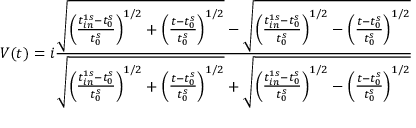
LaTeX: V ( t ) = i \frac { \sqrt { \left( \frac { t _ { i n } ^ { 1 s } - t _ { 0 } ^ { s } } { t _ { 0 } ^ { s } } \right) ^ { 1 / 2 } + \left( \frac { t - t _ { 0 } ^ { s } } { t _ { 0 } ^ { s } } \right) ^ { 1 / 2 } } - \sqrt { \left( \frac { t _ { i n } ^ { 1 s } - t _ { 0 } ^ { s } } { t _ { 0 } ^ { s } } \right) ^ { 1 / 2 } - \left( \frac { t - t _ { 0 } ^ { s } } { t _ { 0 } ^ { s } } \right) ^ { 1 / 2 } } } { \sqrt { \left( \frac { t _ { i n } ^ { 1 s } - t _ { 0 } ^ { s } } { t _ { 0 } ^ { s } } \right) ^ { 1 / 2 } + \left( \frac { t - t _ { 0 } ^ { s } } { t _ { 0 } ^ { s } } \right) ^ { 1 / 2 } } + \sqrt { \left( \frac { t _ { i n } ^ { 1 s } - t _ { 0 } ^ { s } } { t _ { 0 } ^ { s } } \right) ^ { 1 / 2 } - \left( \frac { t - t _ { 0 } ^ { s } } { t _ { 0 } ^ { s } } \right) ^ { 1 / 2 } } }